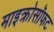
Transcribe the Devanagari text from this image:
माइक्रोसॉफट